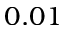
0 . 0 1